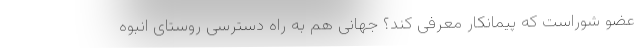
عضو شوراست که پیمانکار معرفی کند؟ جهانی هم به راه دسترسی روستای انبوه